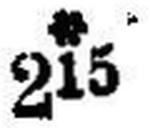
* 215